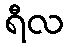
ရီလ